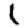
Digit: 1